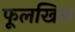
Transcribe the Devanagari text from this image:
फूलखिल